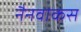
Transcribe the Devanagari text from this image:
नैनवाकस